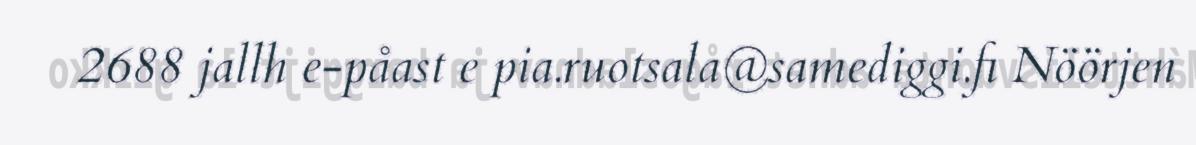
2688 jallh e-påast e pia.ruotsala@samediggi.fi Nöörjen